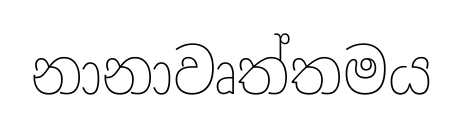
නානාවෘත්තමය